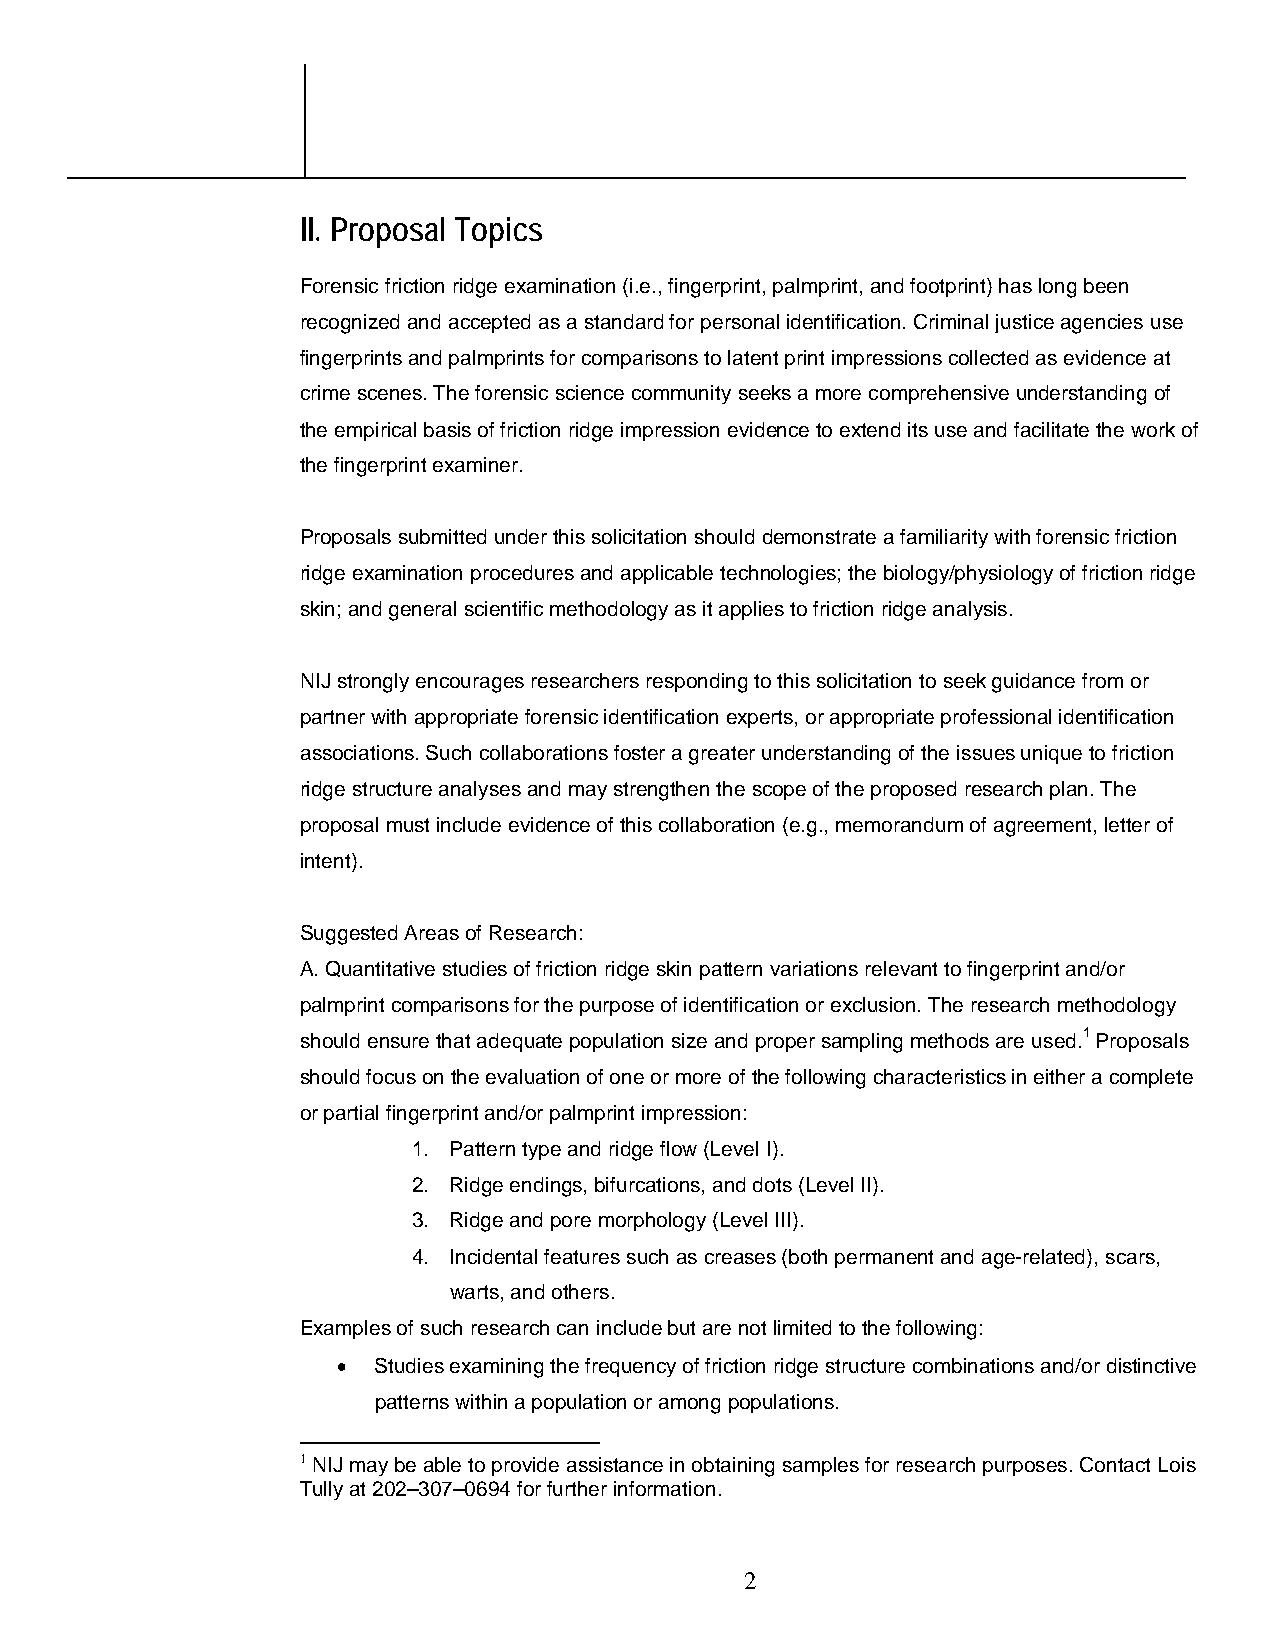
II. Proposal Topics
 Forensic friction ridge examination (i.e., fingerprint, palmprint, and footprint) has long been
 recognized and accepted as a standard for personal identification. Criminal justice agencies use
 fingerprints and palmprints for comparisons to latent print impressions collected as evidence at
 crime scenes. The forensic science community seeks a more comprehensive understanding of
 the empirical basis of friction ridge impression evidence to extend its use and facilitate the work of
 the fingerprint examiner.
 Proposals submitted under this solicitation should demonstrate a familiarity with forensic friction
 ridge examination procedures and applicable technologies; the biology/physiology of friction ridge
 skin; and general scientific methodology as it applies to friction ridge analysis.
 NIJ strongly encourages researchers responding to this solicitation to seek guidance from or
 partner with appropriate forensic identification experts, or appropriate professional identification
 associations. Such collaborations foster a greater understanding of the issues unique to friction
 ridge structure analyses and may strengthen the scope of the proposed research plan. The
 proposal must include evidence of this collaboration (e.g., memorandum of agreement, letter of
 intent).
 Suggested Areas of Research:
 A. Quantitative studies of friction ridge skin pattern variations relevant to fingerprint and/or
 palmprint comparisons for the purpose of identification or exclusion. The research methodology
 should ensure that adequate population size and proper sampling methods are used.1 Proposals
 should focus on the evaluation of one or more of the following characteristics in either a complete
 or partial fingerprint and/or palmprint impression:
 1. Pattern type and ridge flow (Level I).
 2. Ridge endings, bifurcations, and dots (Level II).
 3. Ridge and pore morphology (Level III).
 4. Incidental features such as creases (both permanent and age-related), scars,
 warts, and others.
 Examples of such research can include but are not limited to the following:
 •  Studies examining the frequency of friction ridge structure combinations and/or distinctive
 patterns within a population or among populations.
 1 NIJ may be able to provide assistance in obtaining samples for research purposes. Contact Lois
 Tully at 202–307–0694 for further information.
 2